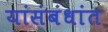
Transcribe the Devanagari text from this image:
यांसंबंधांत